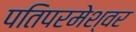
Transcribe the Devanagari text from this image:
पतिपरमेश्वर